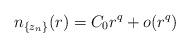
LaTeX: \begin{align*}n_{\{z_n\}}(r)=C_0r^q+o(r^q)\end{align*}